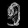
Digit: ၅